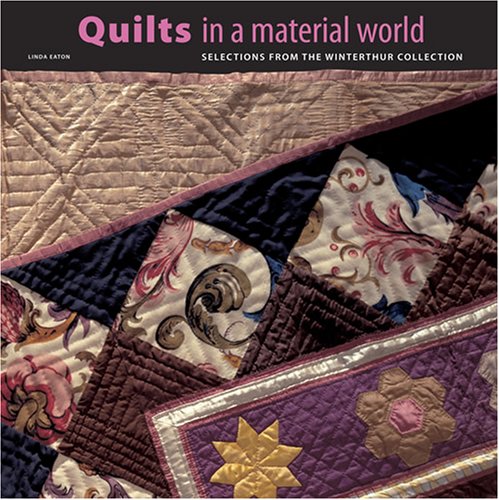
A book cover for Quilts in a Material World: Selections from the Winterthur Collection; Linda Eaton; Humor & Entertainment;